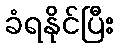
ခံရနိုင်ပြီး